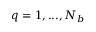
q = 1 , . . . , N _ { b }